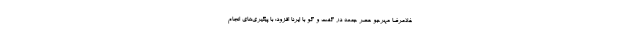
غلامرضا مهرجو عصر جمعه در گفت و گو با ایرنا افزود: با پیگیری‌های انجام